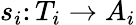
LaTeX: s_{i}\colon T_{i}\rightarrow A_{i}